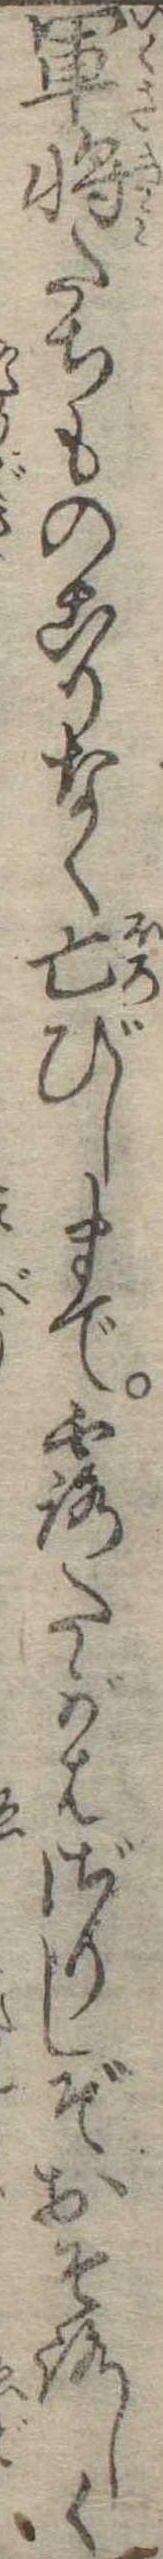
軍将たちものこりなく亡びしまで露たがはざりしぞおそろしく